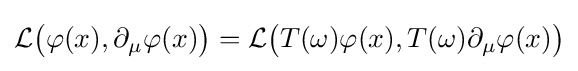
{\mathcal {L}}{\big (}\varphi (x),\partial _{\mu }\varphi (x){\big )}={\mathcal {L}}{\big (}T(\omega )\varphi (x),T(\omega )\partial _{\mu }\varphi (x){\big )}